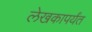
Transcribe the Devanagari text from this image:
लेखकापर्यंत